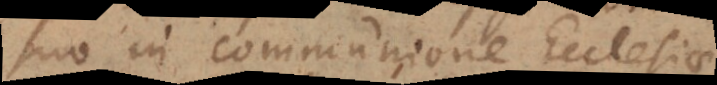
suo in communione Ecclesiae